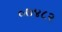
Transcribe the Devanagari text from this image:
०७४८२